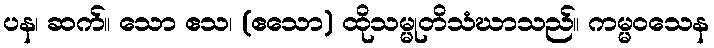
ပန၊ ဆက်။ သော ဧသ၊ (ဧသော) ထိုသမ္မုတိသံဃာသည်။ ကမ္မဝသေန